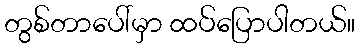
တွစ်တာပေါ်မှာ ထပ်ပြောပါတယ်။